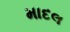
માદલ